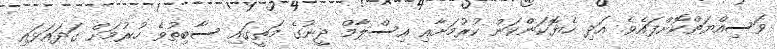
ވަސިއްޔަތްކޮށްފައެވެ. އަދި ހެޔޮކަންކަން ކުރުމަށާއި އިސްލާމް ދީނުގެ މަތީގައި ސާބިތުވެ ހުރުމަށް ގަދައަޅައި